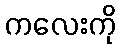
ကလေးကို